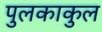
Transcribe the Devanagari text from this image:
पुलकाकुल